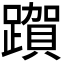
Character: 𮜗